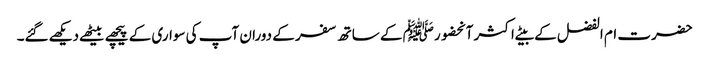
حضرت ام الفضل کے بیٹے اکثر آنحضورﷺ کے ساتھ سفر کے دوران آپ کی سواری کے پیچھے بیٹھےدیکھےگئے۔